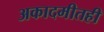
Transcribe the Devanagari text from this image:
अकादमीतही